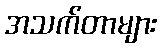
အသက်တာများ